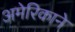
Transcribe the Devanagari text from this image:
अमेरिकाने